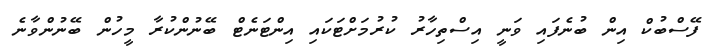
ފޭސްބުކް އިން ބުނެފައި ވަނީ އިސްތިހާރު ކުރުމަށްޓަކައި އިންޓަނެޓް ބޭނުންކުރާ މީހުން ބޭނުންވާނެ